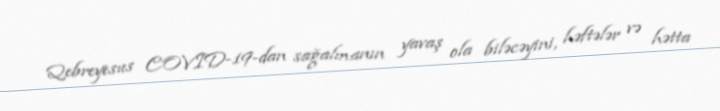
Qebreyesus COVID-19-dan sağalmanın yavaş ola biləcəyini, həftələr və hətta